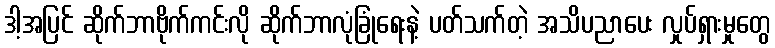
ဒါ့အပြင် ဆိုက်ဘာဗိုက်ကင်းလို ဆိုက်ဘာလုံခြုံရေးနဲ့ ပတ်သက်တဲ့ အသိပညာပေး လှုပ်ရှားမှုတွေ